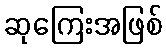
ဆုကြေးအဖြစ်